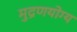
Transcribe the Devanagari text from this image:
मुद्रणयोग्य